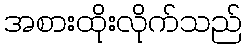
အစားထိုးလိုက်သည်